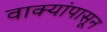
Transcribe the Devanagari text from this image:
वाक्यांपासून